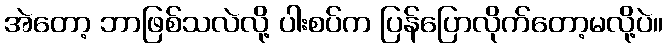
အဲတော့ ဘာဖြစ်သလဲလို့ ပါးစပ်က ပြန်ပြောလိုက်တော့မလို့ပဲ။